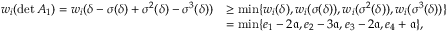
\begin{array} { r l } { w _ { i } ( \operatorname* { d e t } A _ { 1 } ) = w _ { i } ( \delta - \sigma ( \delta ) + \sigma ^ { 2 } ( \delta ) - \sigma ^ { 3 } ( \delta ) ) } & { \geq \operatorname* { m i n } \{ w _ { i } ( \delta ) , w _ { i } ( \sigma ( \delta ) ) , w _ { i } ( \sigma ^ { 2 } ( \delta ) ) , w _ { i } ( \sigma ^ { 3 } ( \delta ) ) \} } \\ & { = \operatorname* { m i n } \{ e _ { 1 } - 2 { \mathfrak a } , e _ { 2 } - 3 { \mathfrak a } , e _ { 3 } - 2 { \mathfrak a } , e _ { 4 } + { \mathfrak a } \} , } \end{array}